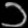
Digit: ၁